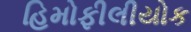
હિમોફીલીયોક